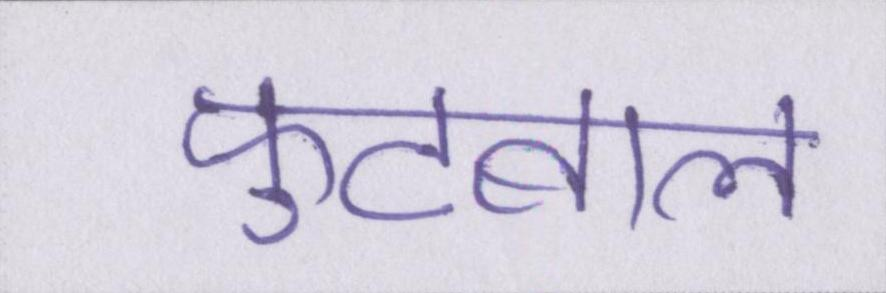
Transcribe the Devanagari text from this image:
फुटबाल